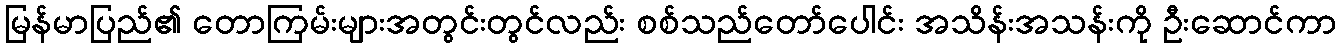
မြန်မာပြည်၏ တောကြမ်းများအတွင်းတွင်လည်း စစ်သည်တော်ပေါင်း အသိန်းအသန်းကို ဦးဆောင်ကာ